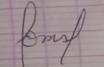
Signature authenticity: forged